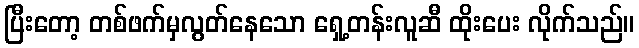
ပြီးတော့ တစ်ဖက်မှလွတ်နေသော ရှေ့တန်းလူဆီ ထိုးပေး လိုက်သည်။